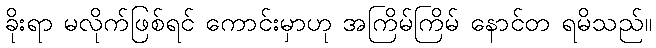
ခိုးရာ မလိုက်ဖြစ်ရင် ကောင်းမှာဟု အကြိမ်ကြိမ် နောင်တ ရမိသည်။